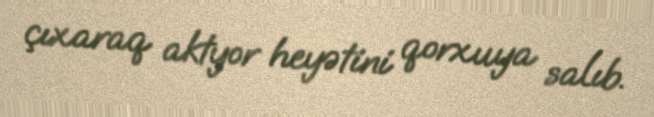
çıxaraq aktyor heyətini qorxuya salıb.